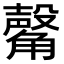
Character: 𧤴